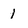
Character: 1